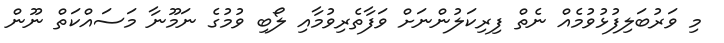
މި ވަރުބަލިފުޅުވުމެއް ނެތް ފިރިކަލުންނަށް ވަފާތެރިވުމާއި ލޯބި ވުމުގެ ނަމޫނާ މަސައްކަތް ނޫން